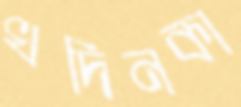
খদিনকা